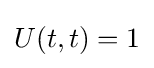
U(t,t)=1